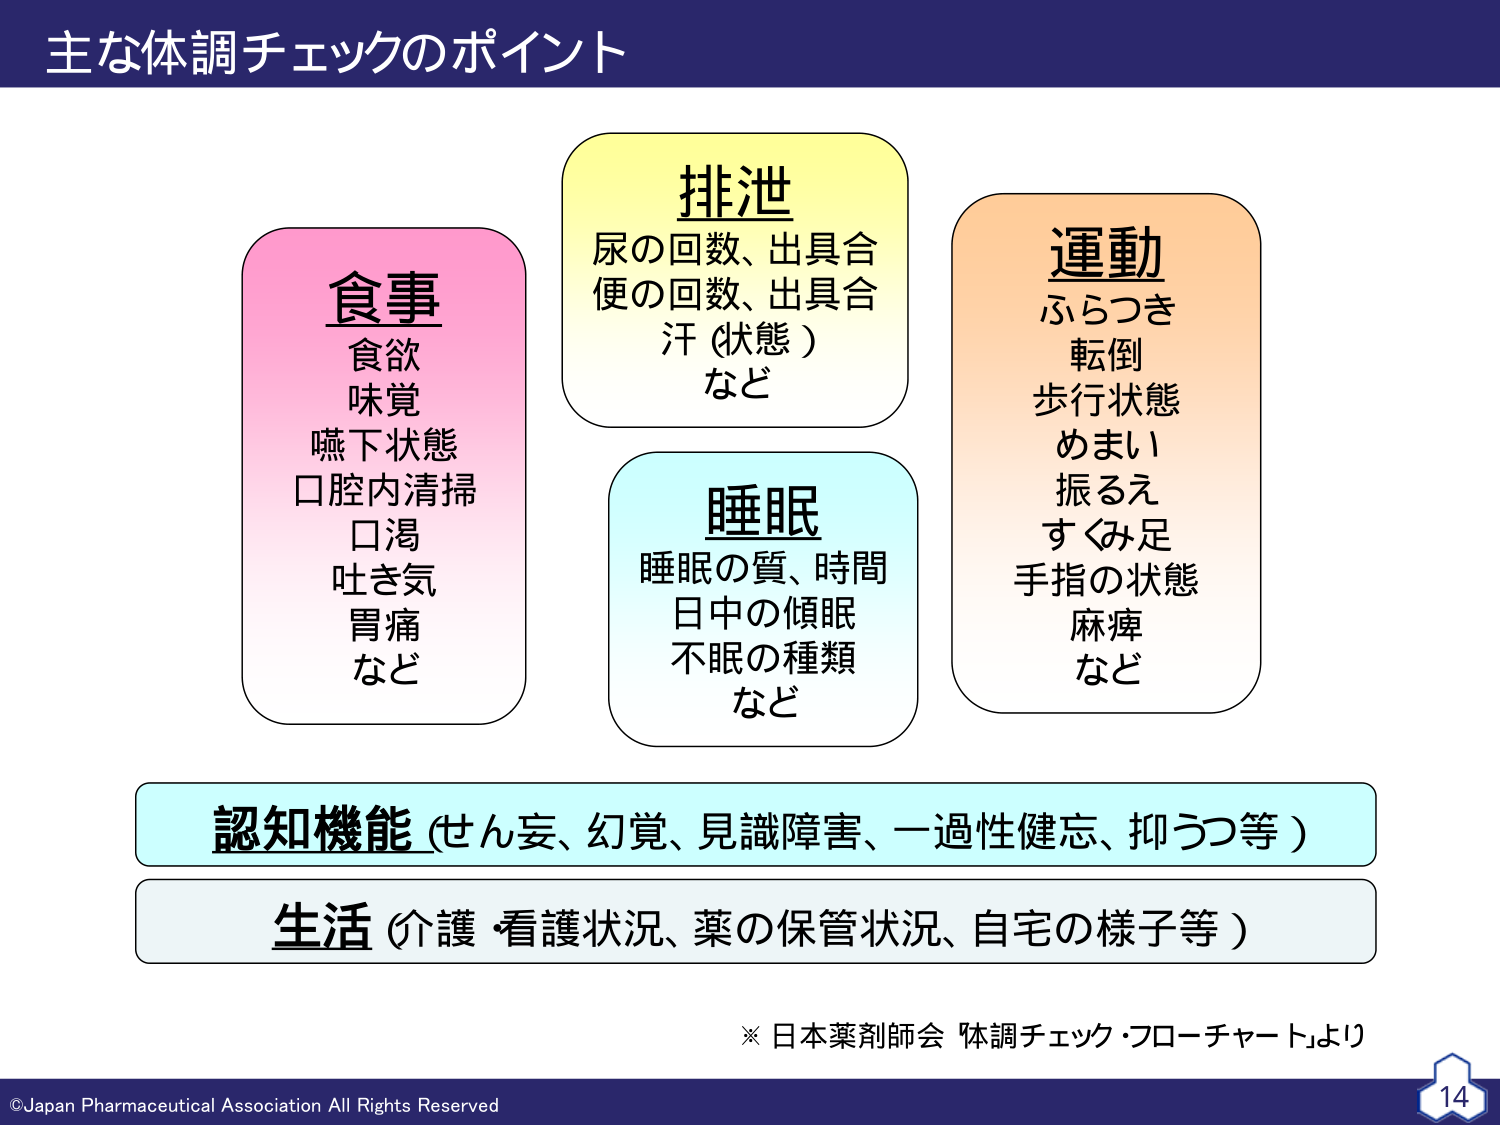
主な体調チェックのポイント

食事
食欲
味覚
嚥下状態
口腔内清掃
口渇
吐き気
胃痛
など

排泄
尿の回数、出具合
便の回数、出具合
汗（状態）
など

睡眠
睡眠の質、時間
日中の傾眠
不眠の種類
など

運動
ふらつき
転倒
歩行状態
めまい
振るえ
すくみ足
手指の状態
麻痺
など

認知機能（せん妄、幻覚、見識障害、一過性健忘、抑うつ等）

生活（介護・看護状況、薬の保管状況、自宅の様子等）

※日本薬剤師会「体調チェック・フローチャート」より

©Japan Pharmaceutical Association All Rights Reserved
14